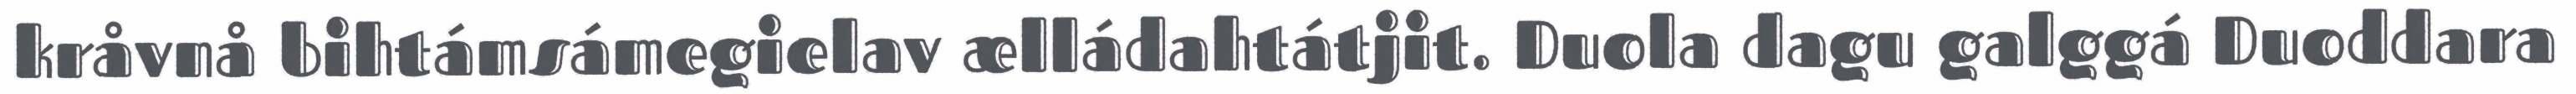
kråvnå bihtámsámegielav ælládahtátjit. Duola dagu galggá Duoddara